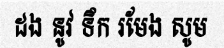
ដង នូវ ទឹក រមែង សូម